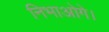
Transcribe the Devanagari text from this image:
निभाओगे।